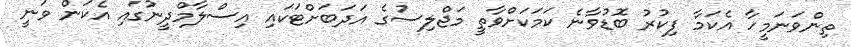
ތިންވަނަމީހާ އެކަމާ ފިކުރު ބޮޑުވާނެ ކަމަކަށްވާތީ މަޖްލިސުގެ އަދަބަށްޓަކައި އިސްލާމްދީނުގައި އެކަން ވަނީ